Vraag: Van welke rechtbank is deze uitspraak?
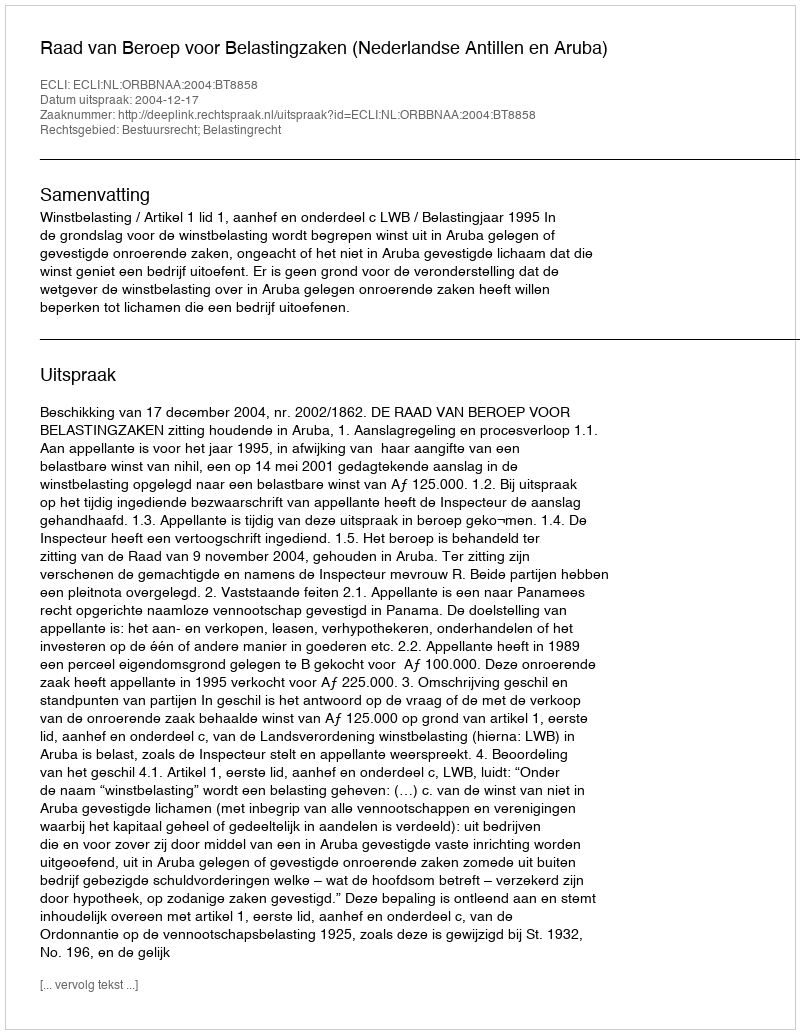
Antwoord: Raad van Beroep voor Belastingzaken (Nederlandse Antillen en Aruba)